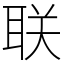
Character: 联